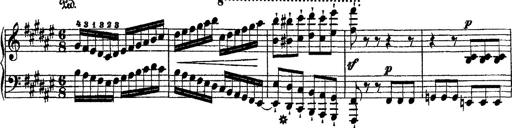
Title: 2 KonzertetÃ¼den
Composer: Franz Liszt